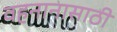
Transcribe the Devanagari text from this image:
वहनानासाठी